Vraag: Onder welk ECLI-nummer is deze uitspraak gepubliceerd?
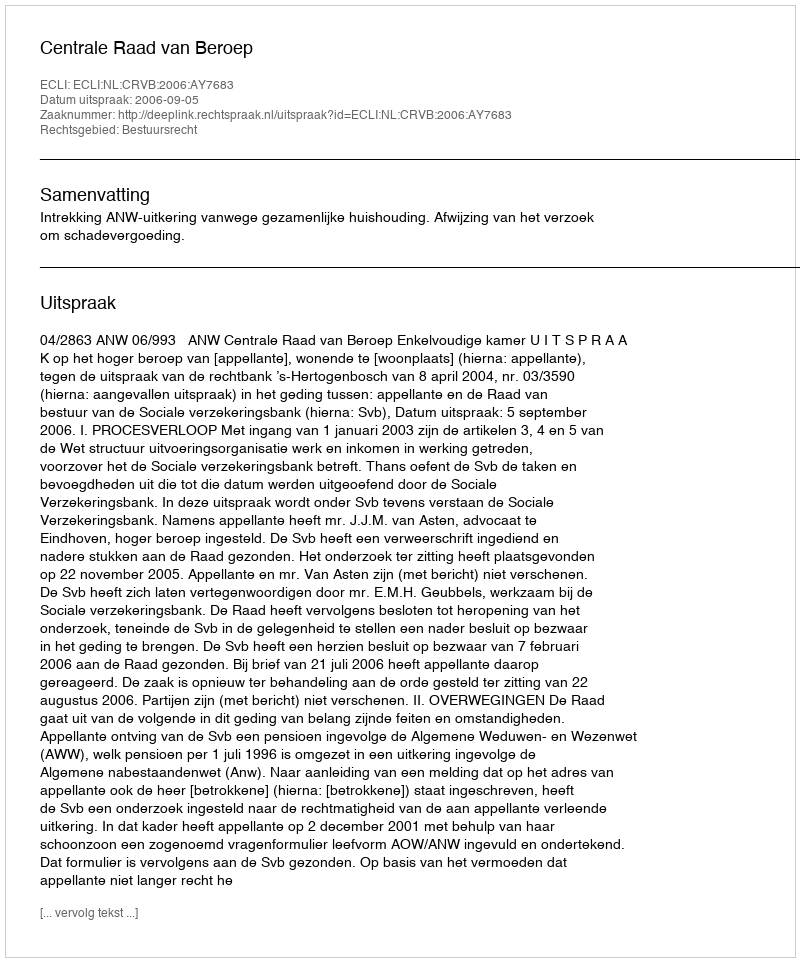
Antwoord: ECLI:NL:CRVB:2006:AY7683